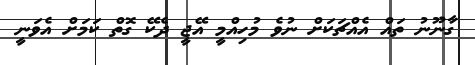
ގާނޫނު ތައް އެއްޗަކަށް ނުވެ މުހިއްމީ އޭޖީ ދެކޭ ގޮތް ކަމަށް އެވަނީ